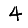
Digit: 4